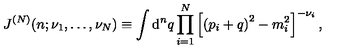
J ^ { ( N ) } ( n ; \nu _ { 1 } , \ldots , \nu _ { N } ) \equiv \int \mathrm { d } ^ { n } q \prod _ { i = 1 } ^ { N } \left[ \left( p _ { i } + q \right) ^ { 2 } - m _ { i } ^ { 2 } \right] ^ { - \nu _ { i } } ,